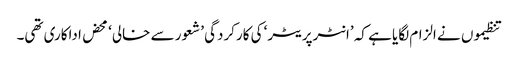
تنظیموں نے الزام لگایا ہے کہ ’انٹرپریٹر‘ کی کارکردگی ’شعور سے خالی‘ محض اداکاری تھی۔